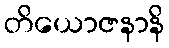
တိယောဇနာနိ